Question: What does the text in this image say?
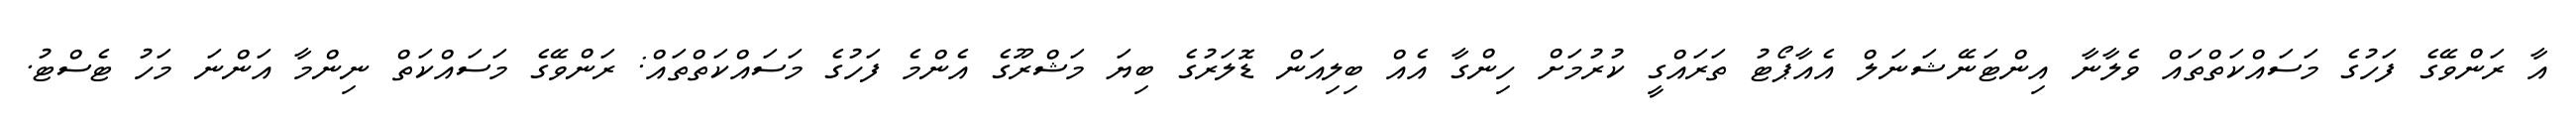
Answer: އާ ރަންވޭގެ ފަހުގެ މަސައްކަތްތައް ވެލާނާ އިންޓަނޭޝަނަލް އެއާޕޯޓު ތަރައްގީ ކުރުމަށް ހިންގާ އެއް ބިލިއަން ޑޮލަރުގެ ބިޔަ މަޝްރޫގެ އެންމެ ފަހުގެ މަސައްކަތްތައް: ރަންވޭގެ މަސައްކަތް ނިންމާ އަންނަ މަހު ޓެސްޓު.